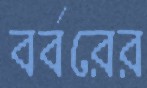
বর্বরের